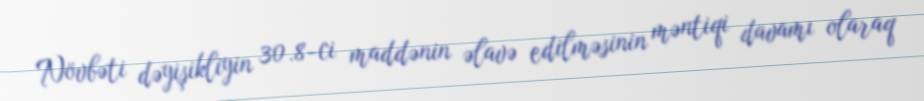
Növbəti dəyişikliyin 30.8-ci maddənin əlavə edilməsinin məntiqi davamı olaraq